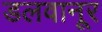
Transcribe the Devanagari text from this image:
डलवानूर